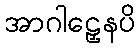
အာဂါဠှေနပိ